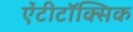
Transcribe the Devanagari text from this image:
ऐंटीटॉक्सिक